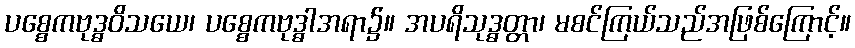
ပစ္စေကဗုဒ္ဓဝိသယေ၊ ပစ္စေကဗုဒ္ဓါအရာ၌။ အပရိသုဒ္ဓတ္တာ၊ မစင်ကြယ်သည်အဖြစ်ကြောင့်။